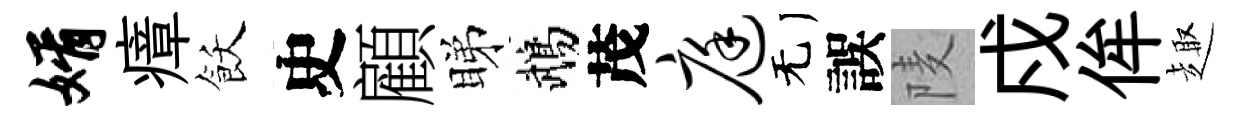
婿瘴飫史顧睇鵡茂庭无誤𨹧戍侔趣